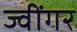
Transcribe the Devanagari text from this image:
ज्वींगर